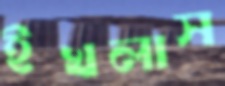
ইখলাস